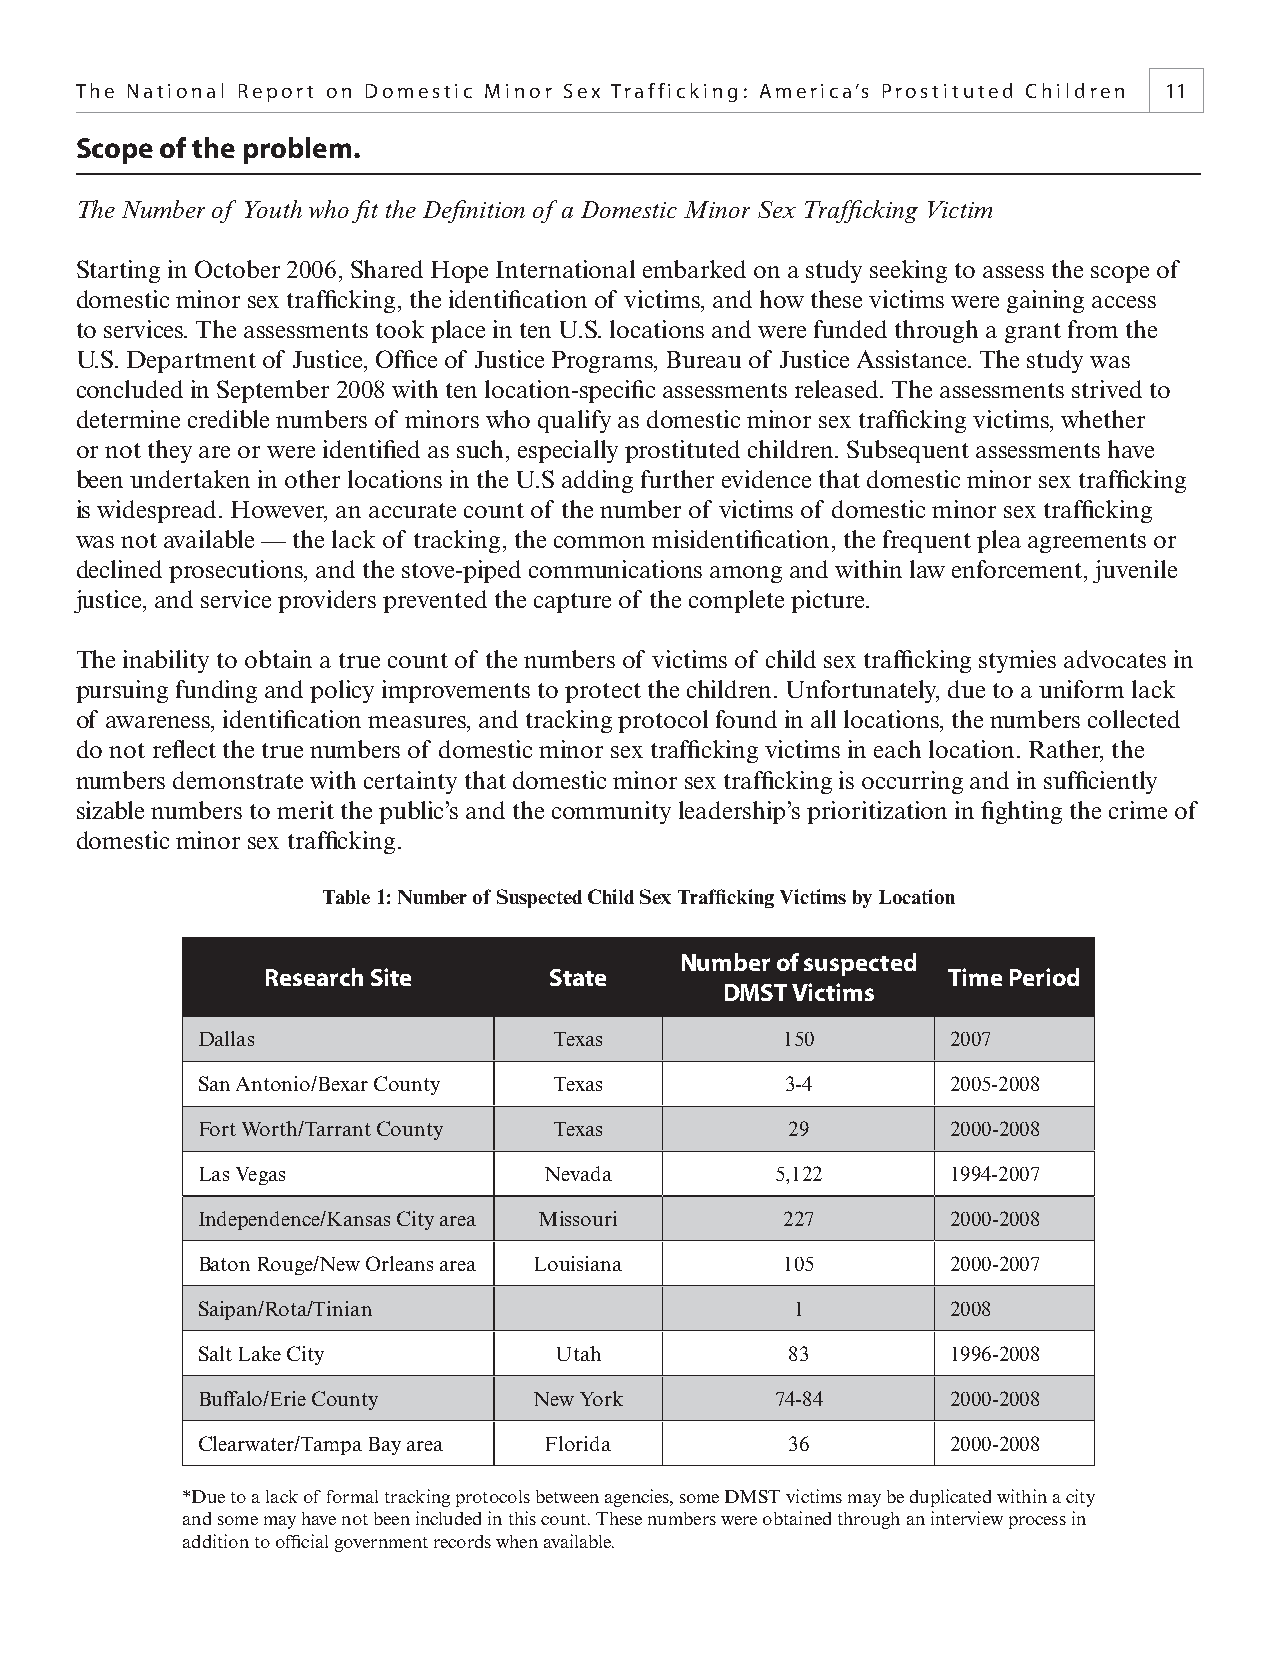
The National Report on Domestic Minor Sex Trafficking: America’s Prostituted Children 11
 Scope of the problem.
 The Number of Youth who fi t the Defi nition of a Domestic Minor Sex Traffi cking Victim
 Starting in October 2006, Shared Hope International embarked on a study seeking to assess the scope of
 domestic minor sex traffi cking, the identifi cation of victims, and how these victims were gaining access
 to services. The assessments took place in ten U.S. locations and were funded through a grant from the
 U.S. Department of Justice, Offi ce of Justice Programs, Bureau of Justice Assistance. The study was
 concluded in September 2008 with ten location-specifi c assessments released. The assessments strived to
 determine credible numbers of minors who qualify as domestic minor sex traffi cking victims, whether
 or not they are or were identifi ed as such, especially prostituted children. Subsequent assessments have
 been undertaken in other locations in the U.S adding further evidence that domestic minor sex traffi cking
 is widespread. However, an accurate count of the number of victims of domestic minor sex traffi cking
 was not available — the lack of tracking, the common misidentifi cation, the frequent plea agreements or
 declined prosecutions, and the stove-piped communications among and within law enforcement, juvenile
 justice, and service providers prevented the capture of the complete picture.
 The inability to obtain a true count of the numbers of victims of child sex traffi cking stymies advocates in
 pursuing funding and policy improvements to protect the children. Unfortunately, due to a uniform lack
 of awareness, identifi cation measures, and tracking protocol found in all locations, the numbers collected
 do not refl ect the true numbers of domestic minor sex traffi cking victims in each location. Rather, the
 numbers demonstrate with certainty that domestic minor sex traffi cking is occurring and in suffi ciently
 sizable numbers to merit the public’s and the community leadership’s prioritization in fi ghting the crime of
 domestic minor sex traffi cking.
 Table 1: Number of Suspected Child Sex Traffi cking Victims by Location
 Number of suspected
 Research Site      State                      Time Period
 DMST Victims
 Dallas                  Texas          150        2007
 San Antonio/Bexar County Texas         3-4        2005-2008
 Fort Worth/Tarrant County Texas        29         2000-2008
 Las Vegas              Nevada         5,122       1994-2007
 Independence/Kansas City area Missouri 227        2000-2008
 Baton Rouge/New Orleans area Louisiana 105        2000-2007
 Saipan/Rota/Tinian                     1          2008
 Salt Lake City          Utah           83         1996-2008
 Buffalo/Erie County   New York        74-84       2000-2008
 Clearwater/Tampa Bay area Florida      36         2000-2008
 *Due to a lack of formal tracking protocols between agencies, some DMST victims may be duplicated within a city
 and some may have not been included in this count. These numbers were obtained through an interview process in
 addition to offi cial government records when available.